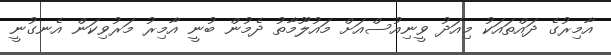
އާމިރުގެ ދައްތައަކު މިއަދު ވީނިއުސްއަށް މައުލޫމާތު ދެމުން ބުނީ އާމިރު މަރުވިކަން އެނގުނީ